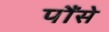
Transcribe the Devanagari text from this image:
पौंसे